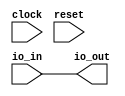
module PassOn(
  input         clock,
  input         reset,
  input  [63:0] io_in,
  output [63:0] io_out
);
  assign io_out = io_in; // @[BigNumbers.scala 14:10]
endmodule